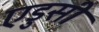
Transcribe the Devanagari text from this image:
एडुसी